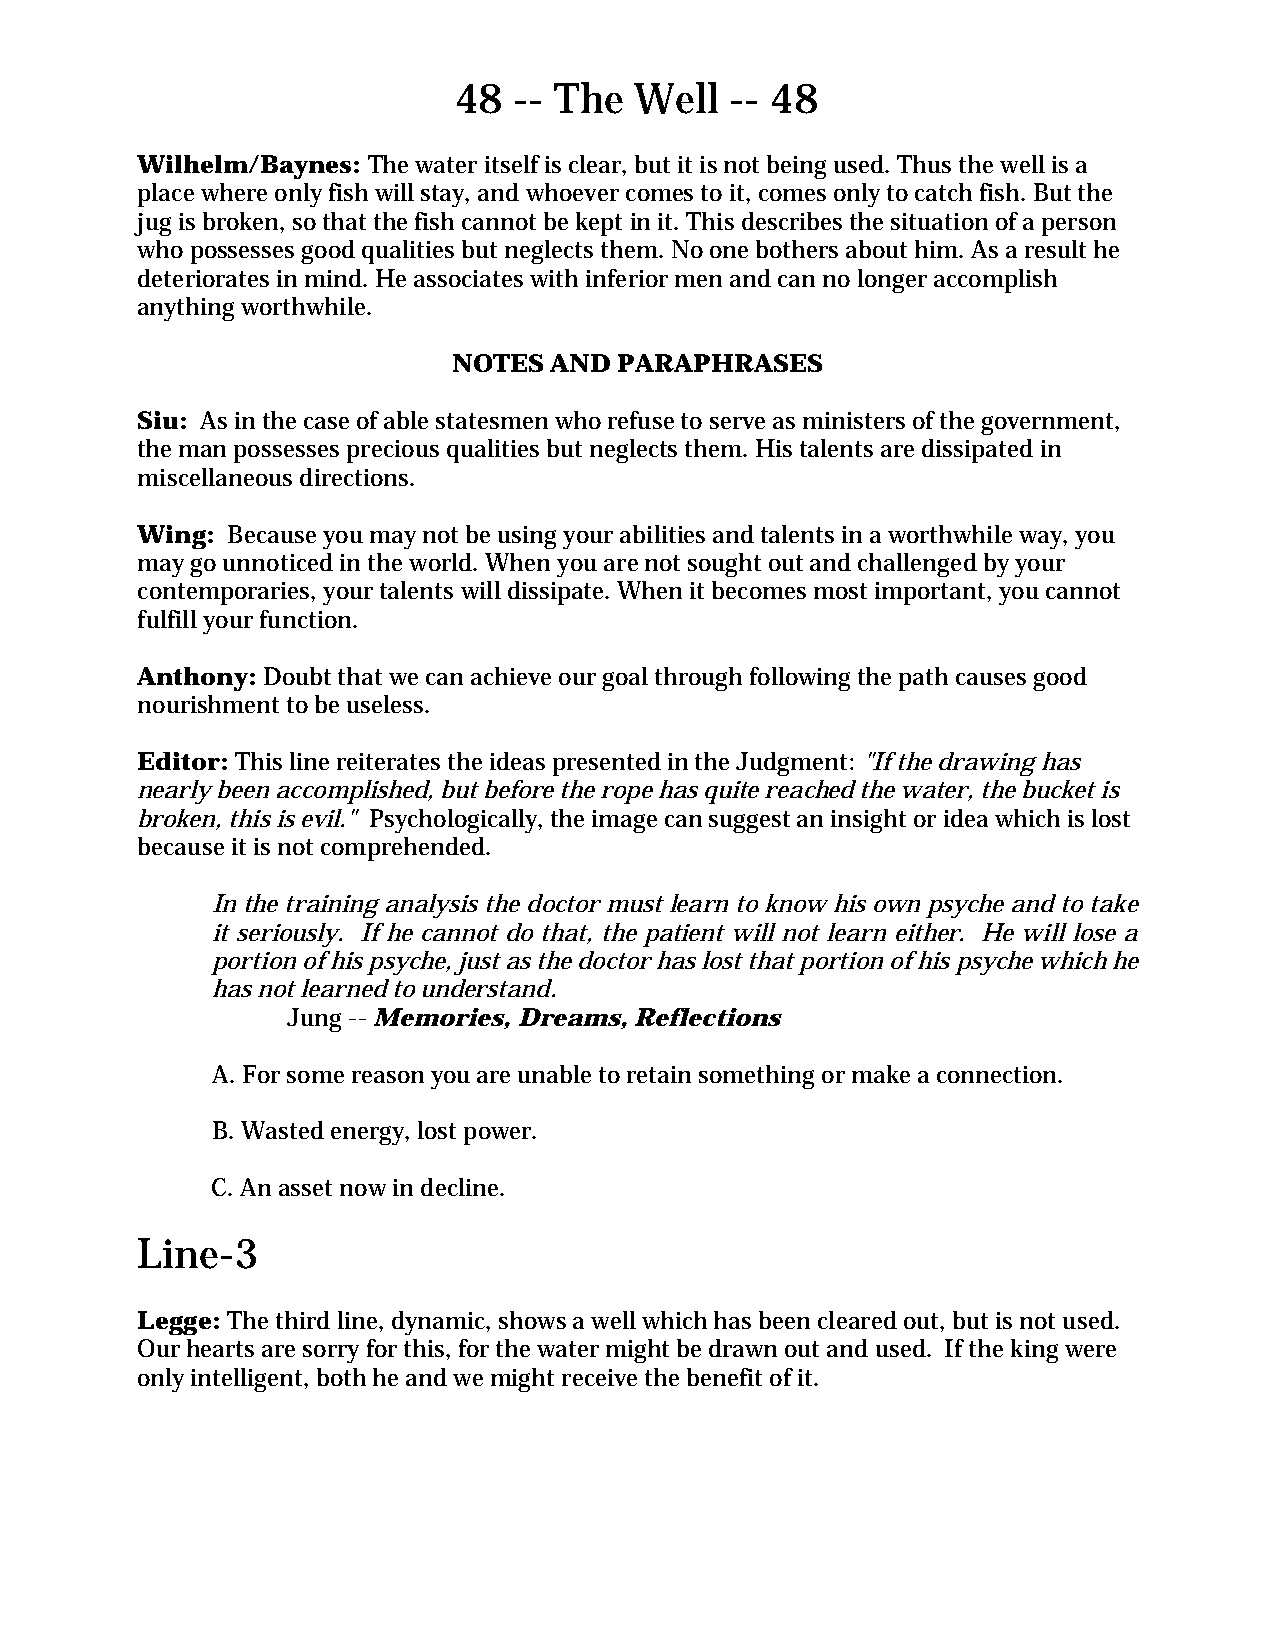
48  -- The  Well  -- 48
 Wilhelm/Baynes: The water itself is clear, but it is not being used. Thus the well is a
 place where only fish will stay, and whoever comes to it, comes only to catch fish. But the
 jug is broken, so that the fish cannot be kept in it. This describes the situation of a person
 who possesses good qualities but neglects them. No one bothers about him. As a result he
 deteriorates in mind. He associates with inferior men and can no longer accomplish
 anything worthwhile.
 NOTES AND  PARAPHRASES
 Siu: As in the case of able statesmen who refuse to serve as ministers of the government,
 the man possesses precious qualities but neglects them. His talents are dissipated in
 miscellaneous directions.
 Wing: Because you may not be using your abilities and talents in a worthwhile way, you
 may go unnoticed in the world. When you are not sought out and challenged by your
 contemporaries, your talents will dissipate. When it becomes most important, you cannot
 fulfill your function.
 Anthony: Doubt that we can achieve our goal through following the path causes good
 nourishment to be useless.
 Editor: This line reiterates the ideas presented in the Judgment: "If the drawing has
 nearly been accomplished, but before the rope has quite reached the water, the bucket is
 broken, this is evil." Psychologically, the image can suggest an insight or idea which is lost
 because it is not comprehended.
 In the training analysis the doctor must learn to know his own psyche and to take
 it seriously. If he cannot do that, the patient will not learn either. He will lose a
 portion of his psyche, just as the doctor has lost that portion of his psyche which he
 has not learned to understand.
 Jung -- Memories, Dreams, Reflections
 A. For some reason you are unable to retain something or make a connection.
 B. Wasted energy, lost power.
 C. An asset now in decline.
 Line-3
 Legge: The third line, dynamic, shows a well which has been cleared out, but is not used.
 Our hearts are sorry for this, for the water might be drawn out and used. If the king were
 only intelligent, both he and we might receive the benefit of it.